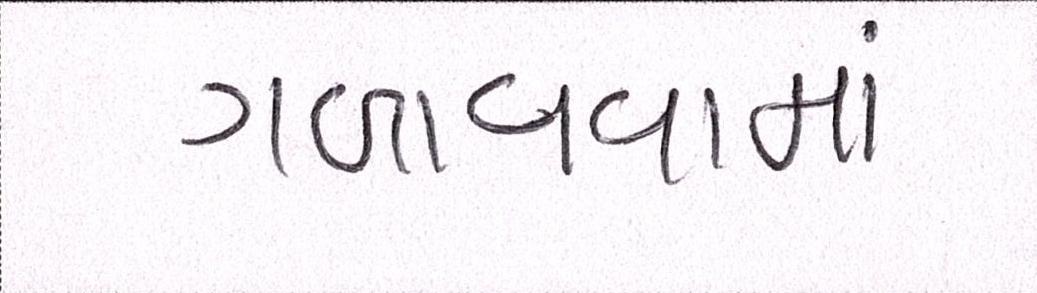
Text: ગળાવવામાં